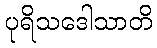
ပုရိသဒေါသာတိ